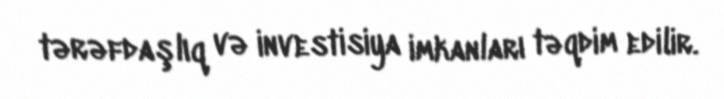
tərəfdaşlıq və investisiya imkanları təqdim edilir.